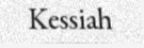
Kessiah